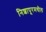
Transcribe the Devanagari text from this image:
निशापूरमधील